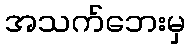
အသက်ဘေးမှ